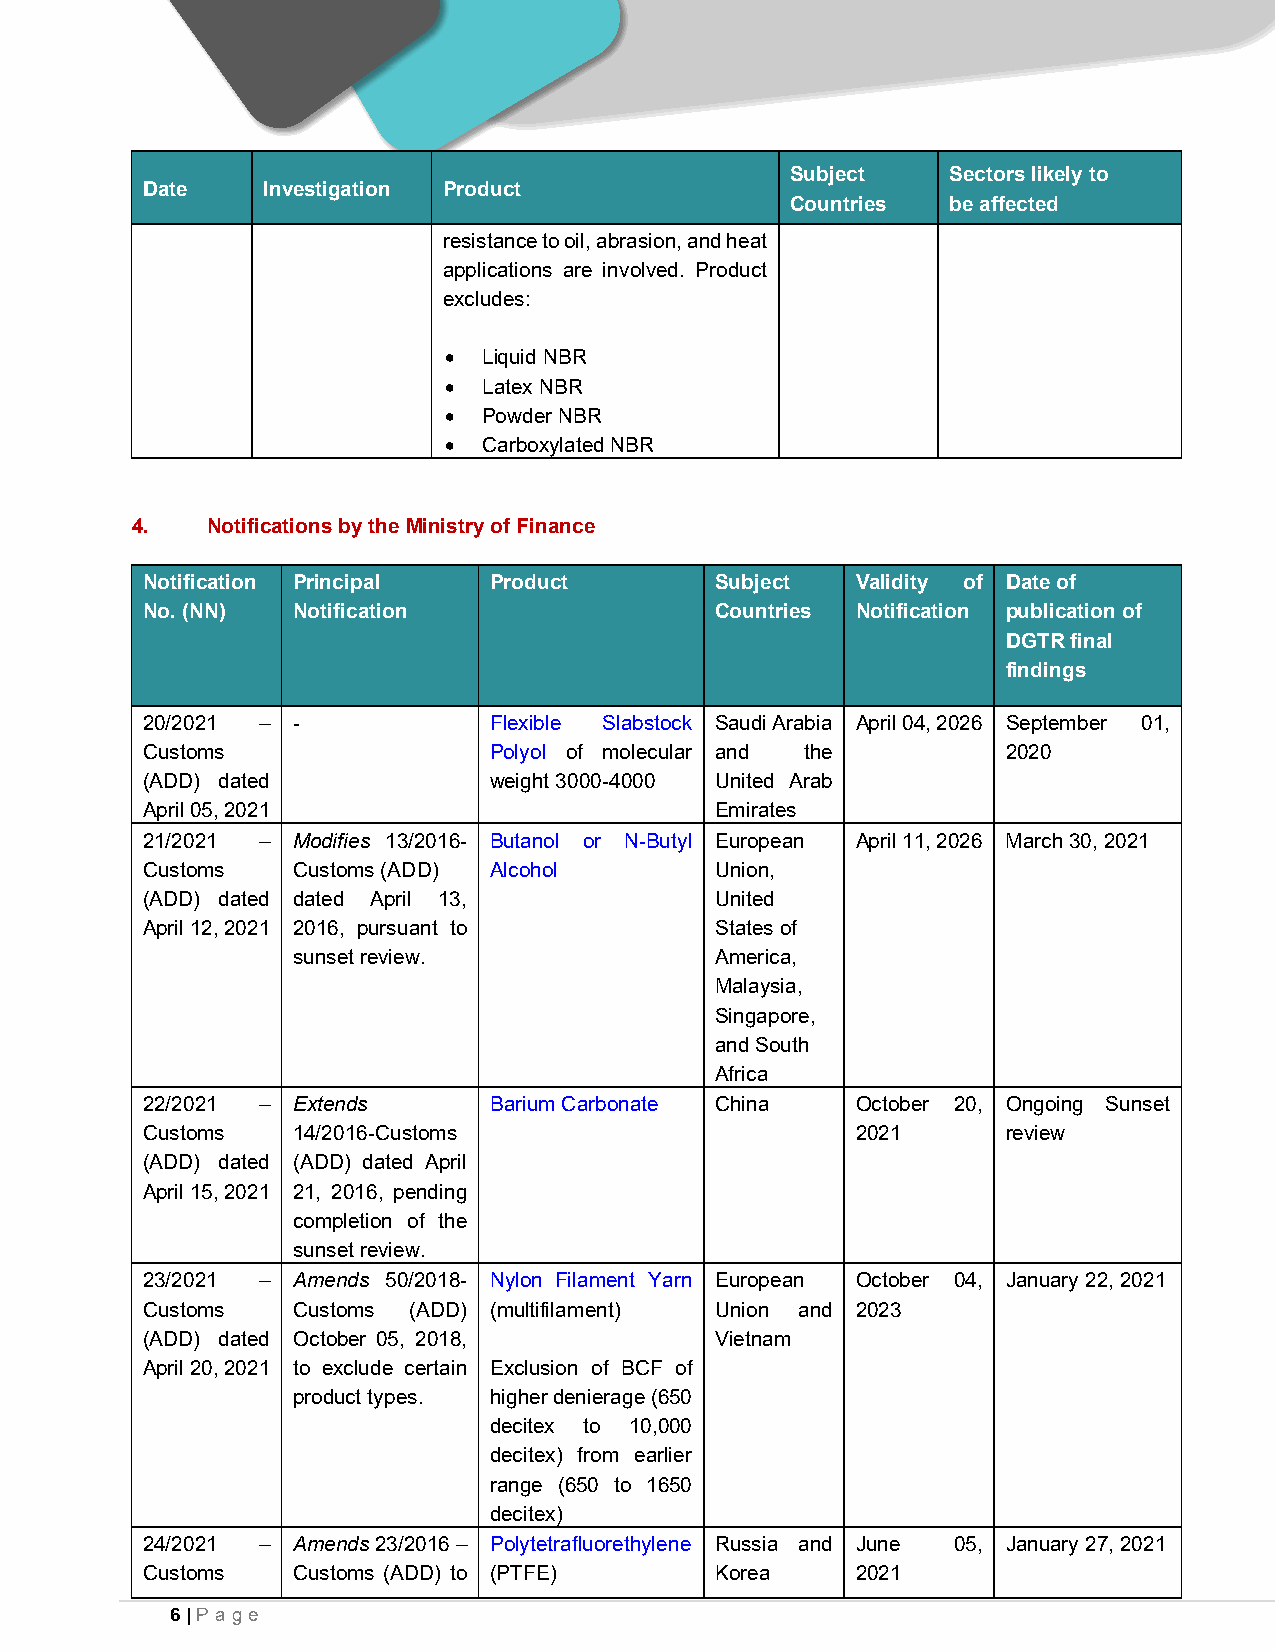
Subject    Sectors likely to
 Date    Investigation Product
 Countries  be affected
 resistance to oil, abrasion, and heat
 applications are involved. Product
 excludes:
 •  Liquid NBR
 •  Latex NBR
 •  Powder NBR
 •  Carboxylated NBR
 4.   Notifications by the Ministry of Finance
 Notification Principal Product        Subject   Validity of Date of
 No. (NN)  Notification                Countries Notification publication of
 DGTR final
 findings
 20/2021 – -            Flexible Slabstock Saudi Arabia April 04, 2026 September 01,
 Customs                Polyol of molecular and the        2020
 (ADD) dated            weight 3000-4000 United Arab
 April 05, 2021                        Emirates
 21/2021 – Modifies 13/2016- Butanol or N-Butyl European April 11, 2026 March 30, 2021
 Customs   Customs (ADD) Alcohol       Union,
 (ADD) dated dated April 13,           United
 April 12, 2021 2016, pursuant to      States of
 sunset review.              America,
 Malaysia,
 Singapore,
 and South
 Africa
 22/2021 – Extends      Barium Carbonate China   October 20, Ongoing Sunset
 Customs   14/2016-Customs                       2021      review
 (ADD) dated (ADD) dated April
 April 15, 2021 21, 2016, pending
 completion of the
 sunset review.
 23/2021 – Amends 50/2018- Nylon Filament Yarn European October 04, January 22, 2021
 Customs   Customs (ADD) (multifilament) Union and 2023
 (ADD) dated October 05, 2018,         Vietnam
 April 20, 2021 to exclude certain Exclusion of BCF of
 product types. higher denierage (650
 decitex to 10,000
 decitex) from earlier
 range (650 to 1650
 decitex)
 24/2021 – Amends 23/2016 – Polytetrafluorethylene Russia and June 05, January 27, 2021
 Customs   Customs (ADD) to (PTFE)     Korea     2021
 6 | Pa ge